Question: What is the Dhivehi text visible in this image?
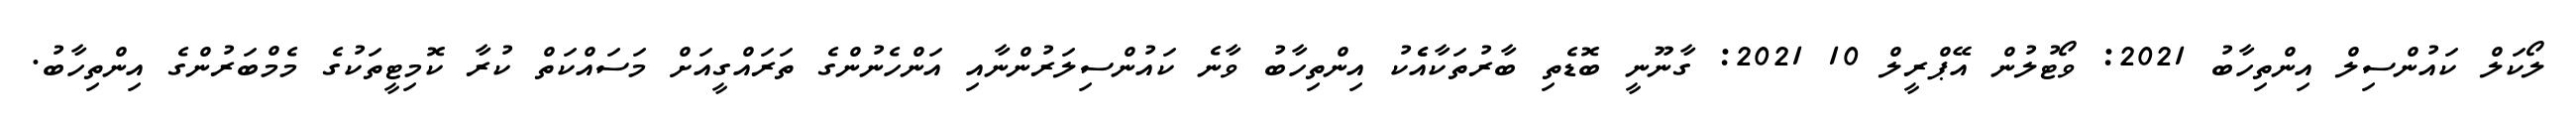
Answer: ލޯކަލް ކައުންސިލް އިންތިހާބު 2021: ވޯޓުލުން އޭޕްރީލް 10 2021: ގާނޫނީ ބޮޑެތި ބާރުތަކާއެެކު އިންތިހާބު ވާނެ ކައުންސިލަރުންނާއި އަންހެނުންގެ ތަރައްގީއަށް މަސައްކަތް ކުރާ ކޮމިޓީތަކުގެ މެމްބަރުންގެ އިންތިހާބު.